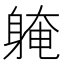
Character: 𨉚